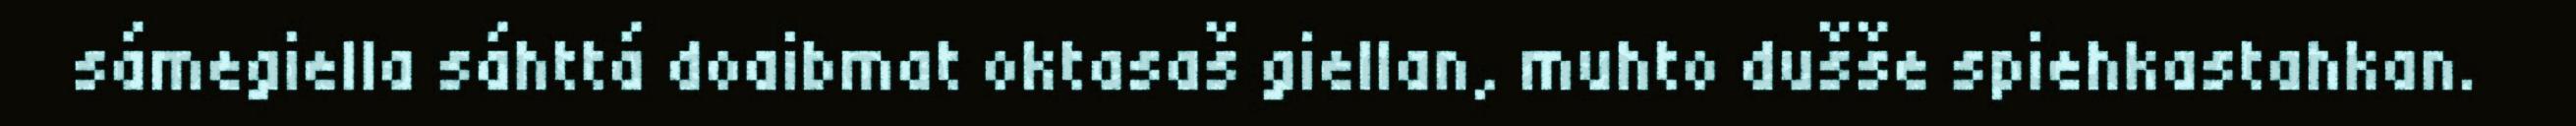
sámegiella sáhttá doaibmat oktasaš giellan, muhto dušše spiehkastahkan.